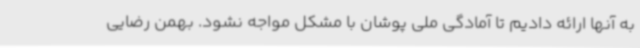
به آنها ارائه دادیم تا آمادگی ملی پوشان با مشکل مواجه نشود. بهمن رضایی